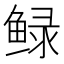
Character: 𮬠